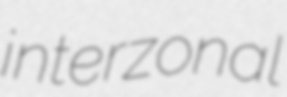
interzonal